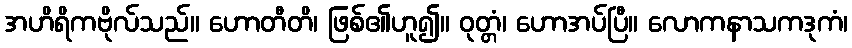
အဟိရိကဗိုလ်သည်။ ဟောတီတိ၊ ဖြစ်၏ဟူ၍။ ဝုတ္တံ၊ ဟောအပ်ပြီ။ လောကနာသကဒုကံ၊